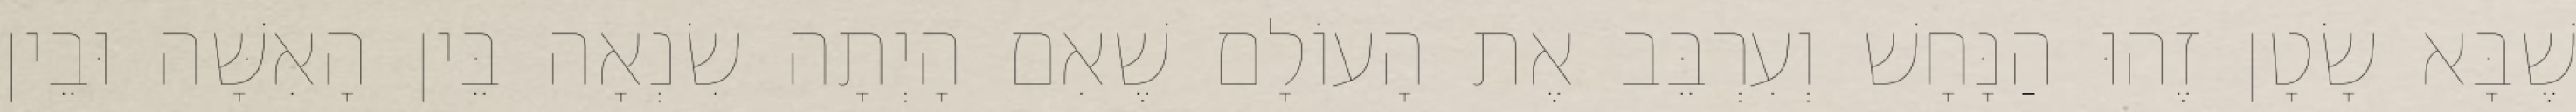
שֶׁבָּא שָׂטָן זֶהוּ הַנָּחָשׁ וְעִרְבֵּב אֶת הָעוֹלָם שֶׁאִם הָיְתָה שִׂנְאָה בֵּין הָאִשָּׁה וּבֵין